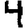
Digit: 4